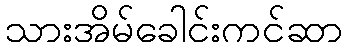
သားအိမ်ခေါင်းကင်ဆာ